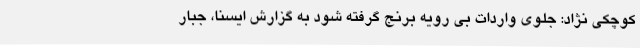
کوچکی نژاد: جلوی واردات بی رویه برنج گرفته شود به گزارش ایسنا، جبار